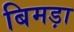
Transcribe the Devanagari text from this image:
बिमड़ा